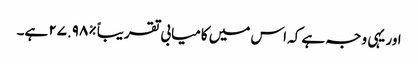
اور یہی وجہ ہے کہ اس میں کامیابی تقریباً %٢٧.٩٨ ہے۔